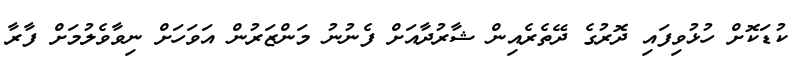
ކުޑަކޮށް ހުޅުވިފައި ދޮރުގެ ދޭތެރެއިން ޝާރުދާއަށް ފެނުނު މަންޒަރުން އަވަހަށް ނިވާވެލުމަށް ފާރާ